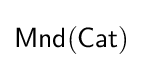
{\mathsf {Mnd(Cat)}}